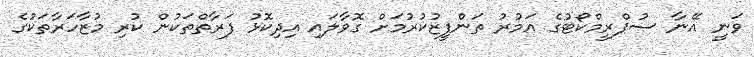
ވަނީ އޭނާ ސުޕްރީމްކޯޓުގެ އަމުރު ތަންފީޒުކުރުމަށް ގޮވާލައި އިދިކޮޅު ފަރާތްތަކުން ކުރި މުޒާހަރާތަކުގެ